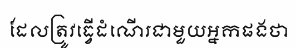
ដែលត្រូវធ្វើដំណើរជាមួយអ្នកផងថា